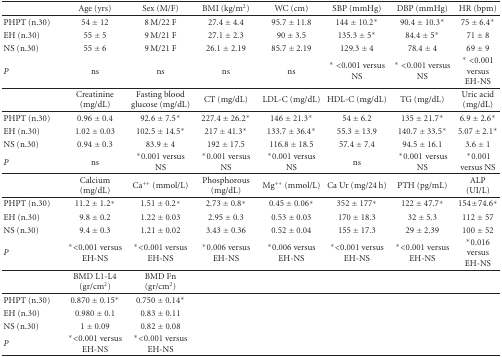
<table><thead><tr><td></td><td><b>Age (yrs)</b></td><td><b>Sex (M/F)</b></td><td><b>BMI (kg/m2)</b></td><td><b>WC (cm)</b></td><td><b>SBP (mmHg)</b></td><td><b>DBP (mmHg)</b></td><td><b>HR (bpm)</b></td></tr></thead><tbody><tr><td>PHPT (n.30)</td><td>54 ± 12</td><td>8 M/22 F</td><td>27.4 ± 4.4</td><td>95.7 ± 11.8</td><td>144 ± 10.2*</td><td>90.4 ± 10.3*</td><td>75 ± 6.4*</td></tr><tr><td>EH (n.30)</td><td>55 ± 5</td><td>9 M/21 F</td><td>27.1 ± 2.3</td><td>90 ± 3.5</td><td>135.3 ± 5*</td><td>84.4 ± 5*</td><td>71 ± 8</td></tr><tr><td>NS (n.30)</td><td>55 ± 6</td><td>9 M/21 F</td><td>26.1 ± 2.19</td><td>85.7 ± 2.19</td><td>129.3 ± 4</td><td>78.4 ± 4</td><td>69 ± 9</td></tr><tr><td><i>P</i></td><td>ns</td><td>ns</td><td>ns</td><td>ns</td><td>*&lt;0.001 versus NS</td><td>*&lt;0.001 versus NS</td><td>*&lt;0.001 versus EH-NS</td></tr><tr><td></td><td>Creatinine (mg/dL)</td><td>Fasting blood glucose (mg/dL)</td><td>CT (mg/dL)</td><td>LDL-C (mg/dL)</td><td>HDL-C (mg/dL)</td><td>TG (mg/dL)</td><td>Uric acid (mg/dL)</td></tr><tr><td>PHPT (n.30)</td><td>0.96 ± 0.4</td><td>92.6 ± 7.5*</td><td>227.4 ± 26.2*</td><td>146 ± 21.3*</td><td>54 ± 6.2</td><td>135 ± 21.7*</td><td>6.9 ± 2.6*</td></tr><tr><td>EH (n.30)</td><td>1.02 ± 0.03</td><td>102.5 ± 14.5*</td><td>217 ± 41.3*</td><td>133.7 ± 36.4*</td><td>55.3 ± 13.9</td><td>140.7 ± 33.5*</td><td>5.07 ± 2.1*</td></tr><tr><td>NS (n.30)</td><td>0.94 ± 0.3</td><td>83.9 ± 4</td><td>192 ± 17.5</td><td>116.8 ± 18.5</td><td>57.4 ± 7.4</td><td>94.5 ± 16.1</td><td>3.6 ± 1</td></tr><tr><td><i>P</i></td><td>ns</td><td>*0.001 versus NS</td><td>*0.001 versus NS</td><td>*0.001 versus NS</td><td>ns</td><td>*0.001versus NS</td><td>*0.001 versus NS</td></tr><tr><td></td><td>Calcium (mg/dL)</td><td>Ca<sup>++</sup> (mmol/L)</td><td>Phosphorous (mg/dL)</td><td>Mg<sup>++</sup> (mmol/L)</td><td>Ca Ur (mg/24 h)</td><td>PTH (pg/mL)</td><td>ALP (UI/L)</td></tr><tr><td>PHPT (n.30)</td><td>11.2 ± 1.2*</td><td>1.51 ± 0.2*</td><td>2.73 ± 0.8*</td><td>0.45 ± 0.06*</td><td>352 ± 177*</td><td>122 ± 47.7*</td><td>154 ± 74.6*</td></tr><tr><td>EH (n.30)</td><td>9.8 ± 0.2</td><td>1.22 ± 0.03</td><td>2.95 ± 0.3</td><td>0.53 ± 0.03</td><td>170 ± 18.3</td><td>32 ± 5.3</td><td>112 ± 57</td></tr><tr><td>NS (n.30)</td><td>9.4 ± 0.3</td><td>1.21 ± 0.02</td><td>3.43 ± 0.36</td><td>0.52 ± 0.04</td><td>155 ± 17.3</td><td>29 ± 2.39</td><td>100 ± 52</td></tr><tr><td><i>P</i></td><td>*&lt;0.001 versus EH-NS</td><td>*&lt;0.001 versus EH-NS</td><td>*0.006 versus EH-NS</td><td>*0.006 versus EH-NS</td><td>*&lt;0.001 versus EH-NS</td><td>*&lt;0.001 versus EH-NS</td><td>*0.016 versus EH-NS</td></tr><tr><td></td><td>BMD L1-L4 (gr/cm<sup>2</sup>)</td><td>BMD Fn (gr/cm<sup>2</sup>)</td><td></td><td></td><td></td><td></td><td></td></tr><tr><td>PHPT (n.30)</td><td>0.870 ± 0.15*</td><td>0.750 ± 0.14*</td><td></td><td></td><td></td><td></td><td></td></tr><tr><td>EH (n.30)</td><td>0.980 ± 0.1</td><td>0.83 ± 0.11</td><td></td><td></td><td></td><td></td><td></td></tr><tr><td>NS (n.30)</td><td>1 ± 0.09</td><td>0.82 ± 0.08</td><td></td><td></td><td></td><td></td><td></td></tr><tr><td><i>P</i></td><td>*&lt;0.001 versus EH-NS</td><td>*&lt;0.001 versus EH-NS</td><td></td><td></td><td></td><td></td><td></td></tr></tbody></table>